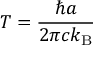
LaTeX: T = { \frac { \hbar a } { 2 \pi c k _ { \mathrm { B } } } }